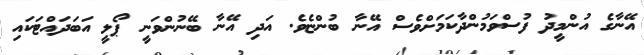
އޭނާގެ އުންމީދު ފުސްވަމުންދާކަމަށްވެސް އޭނާ ބުންޏެވެ. އަދި އޭނާ ބޭނުންވަނީ ޕޯލީ އަބަދައްޓަކައި